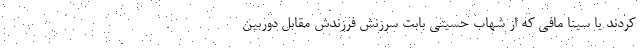
کردند یا سینا مافی که از شهاب حسینی بابت سرزنش فرزندش مقابل دوربین